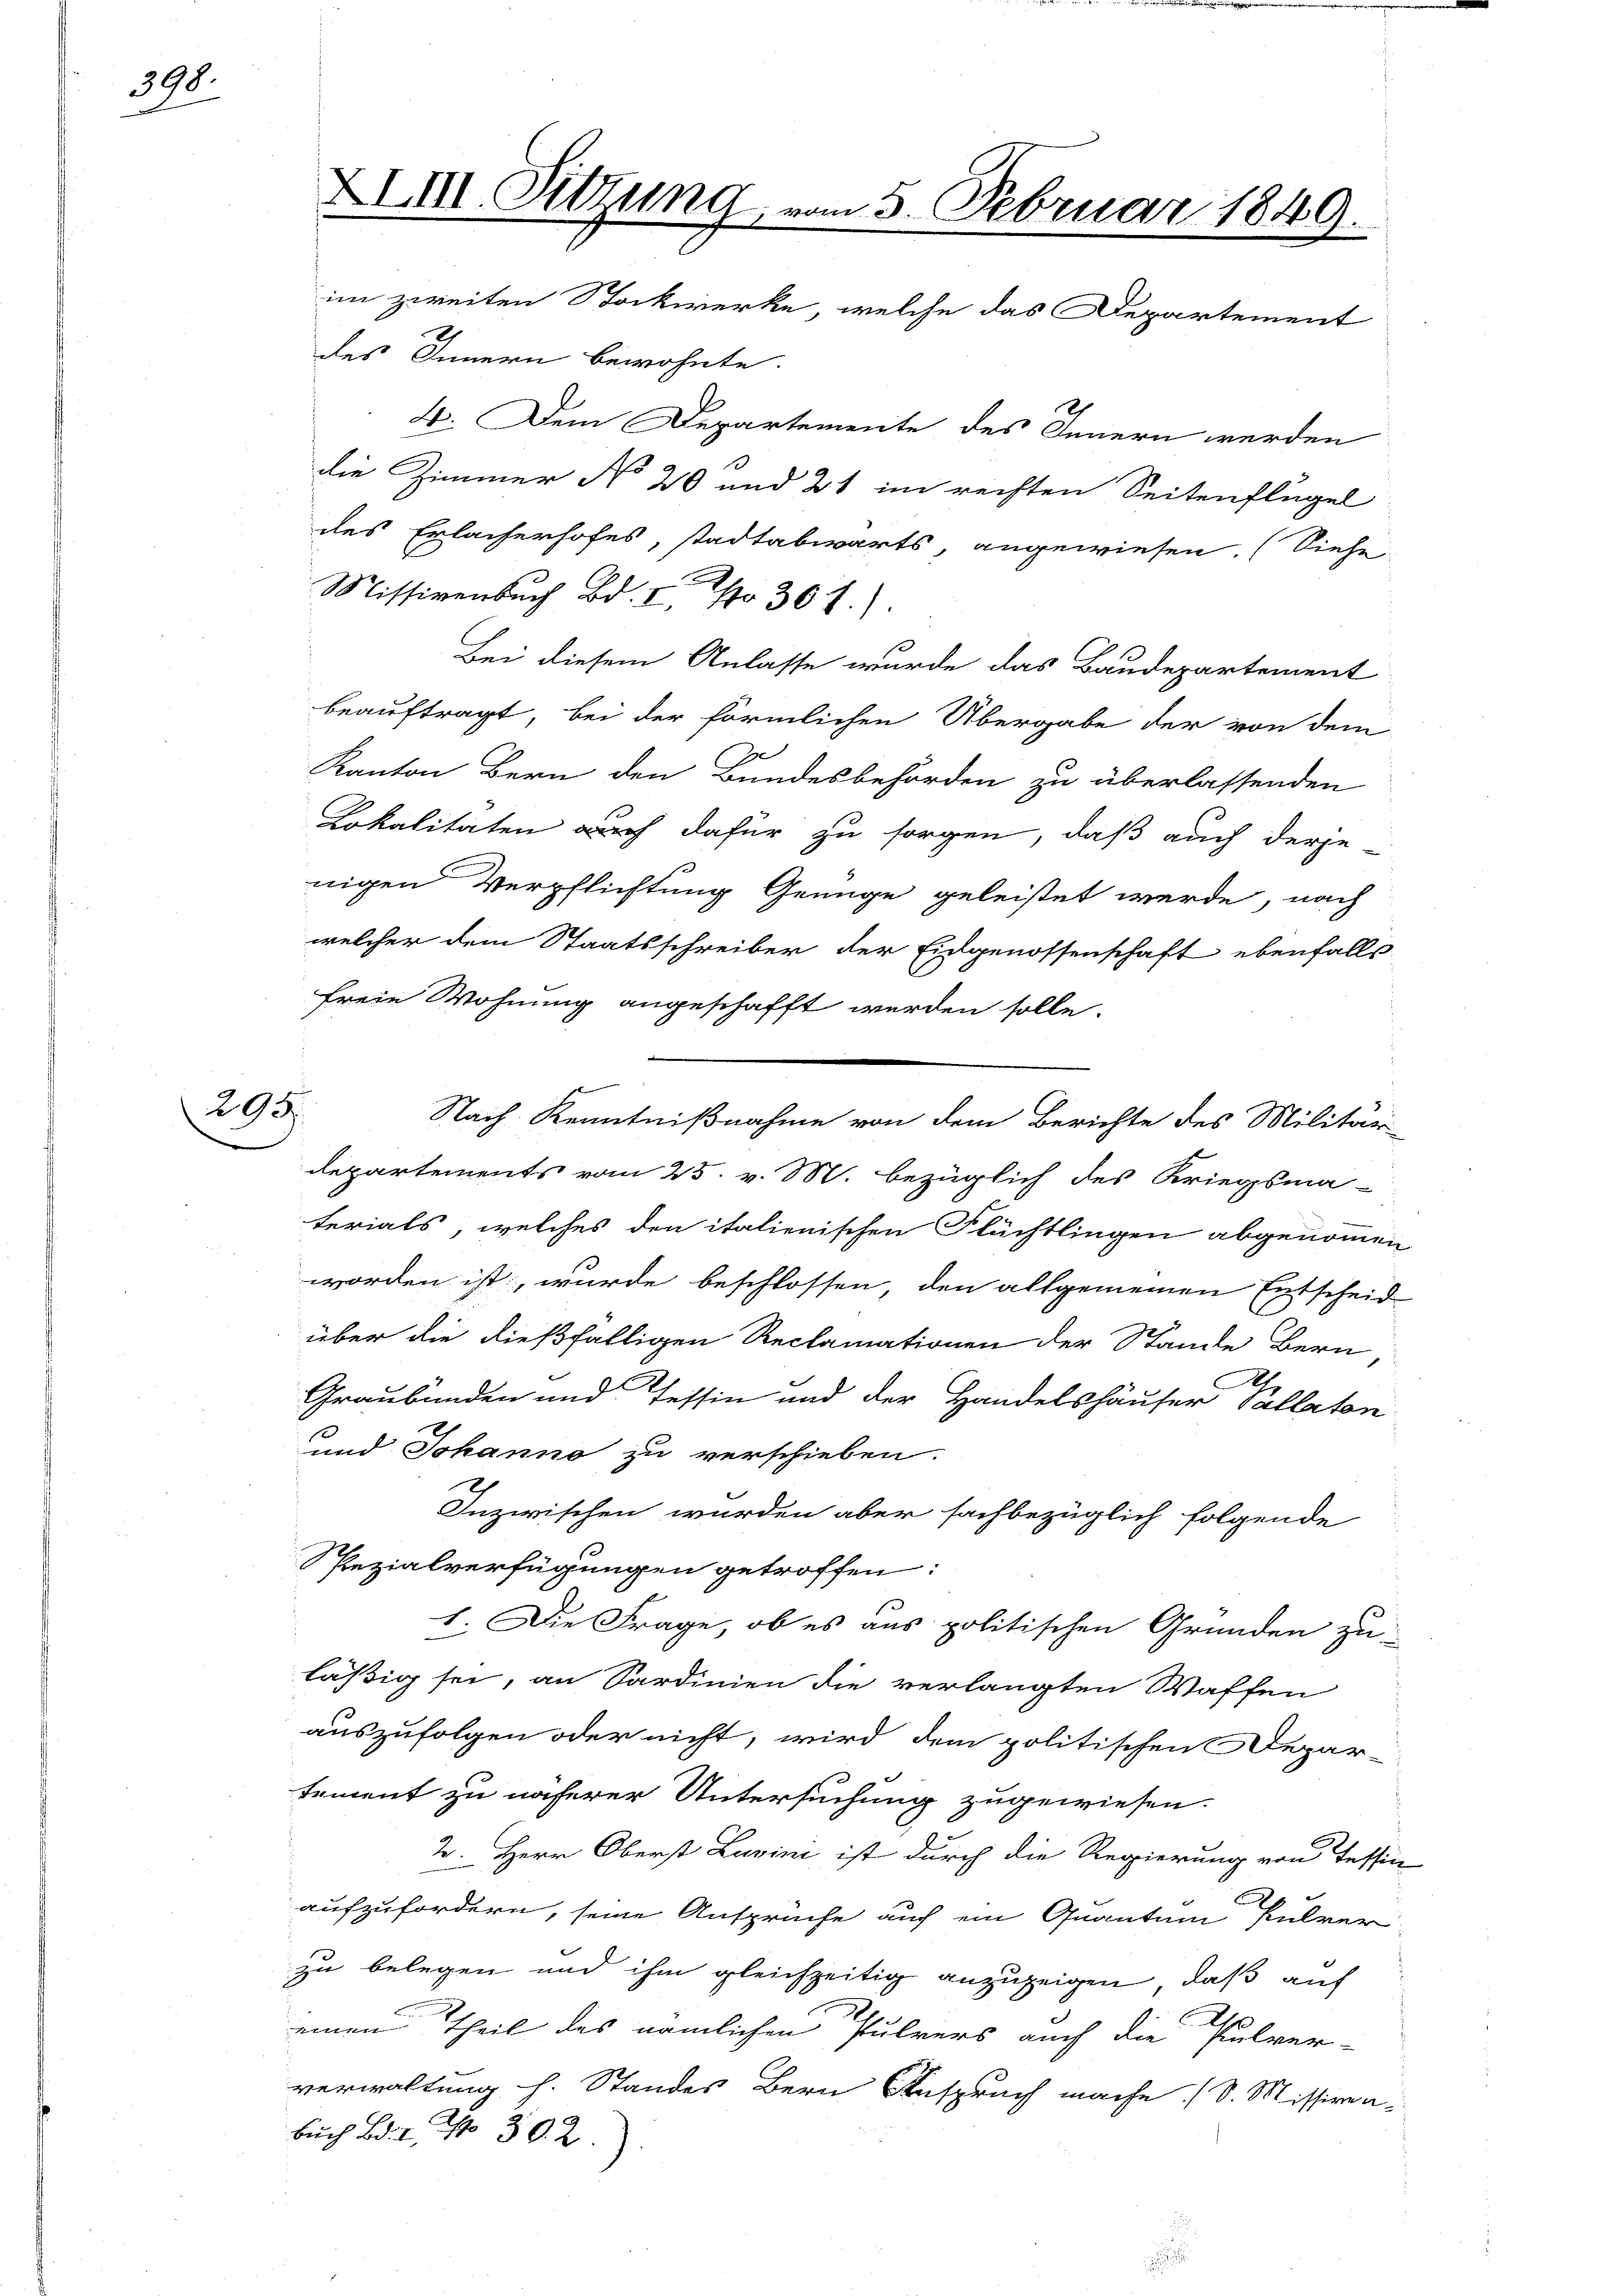
398.

295.

XXIV. Sitzung vom 5. Februar 1849.
im zweiten Stockwerke, welche das Departement

des Innern bewohnte.
4. Dem Departemente des Innern werden
die Zimmer No 20 und 31 im rechten Seitenflügel
des Erlacherhofes, stadtabwärts, angewiesen. (Siehe
Missivenbuch Bd. I, No 30 f.).
Bei diesem Anlasse wurde das Baudepartement
beauftragt, bei der förmlichen Übergabe der von dem
Kanton Bern den Bundesbehörden zu überlassenden
Lokalitäten auch dafür zu sorgen, daß auch derje-
nigen Verpflichtung Genüge geleistet werde, nach
welcher dem Staatsschreiber der Eidgenossenschaft ebenfalls
freie Wohnung angeschafft werden solle.
Nach Kenntnißnahme von dem Berichte des Militär-
Departements vom 25. v. M. bezüglich des Kriegsma-
terials, welches den italienischen Flüchtlingen abgenommen
worden ist, wurde beschlossen, den allgemeinen Entscheid
über die dießfälligen Reclamationen der Stände Bern
Graubünden und Tessin und der Handelshäuser Pallaten
und Johanno zu verschieben.
Inzwischen wurden aber sachbezüglich folgende
Spezialverfügungen getroffen:
1. Die Frage, ob es aus politischen Gründen zu
läßig sei, an Sardinien die verlangten Waffen
auszufolgen oder nicht, wird dem politischen Depar-
tement zu näherer Untersuchung zugewiesen.
2. Herr Oberst Luvini ist durch die Regierung von Tessin
aufzufordern, seine Ansprüche auf ein Quantum Pulver
zu belegen und ihm gleichzeitig anzuzeigen, daß auf
einen Theil des nämlichen Pulvers auch die Pulver-
verwaltung s. Standes Bern Anspruch mache (S. Missiven-
Buch Bd. I, No 30. 2